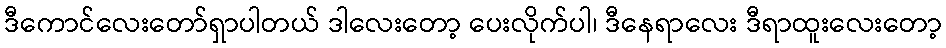
ဒီကောင်လေးတော်ရှာပါတယ် ဒါလေးတော့ ပေးလိုက်ပါ၊ ဒီနေရာလေး ဒီရာထူးလေးတော့